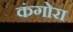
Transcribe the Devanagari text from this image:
कंगोरा